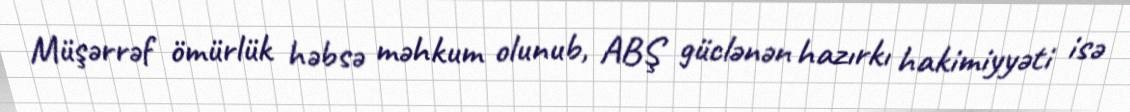
Müşərrəf ömürlük həbsə məhkum olunub, ABŞ güclənən hazırkı hakimiyyəti isə